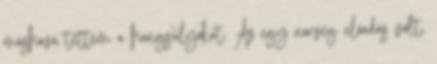
máshová tettem a hangsúlyokat. Az egy norvég előadás volt,